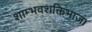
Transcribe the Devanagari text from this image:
शाम्भवशक्तिभाजं।